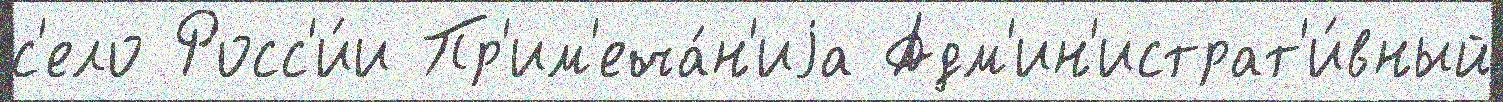
с'ело Росс'и́и Пр'им'еча́н'иjа Адм'ин'истрат'и́вный